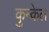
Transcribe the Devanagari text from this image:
कुन्केल